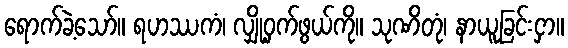
ရောက်ခဲ့သော်။ ရဟဿကံ၊ လျှို့ဝှက်ဖွယ်ကို။ သုဏိတုံ၊ နာယူခြင်းငှာ။